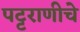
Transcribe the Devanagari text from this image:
पट्टराणीचे